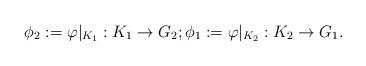
LaTeX: \begin{align*}\phi_2:=\varphi|_{K_1}: K_1\to G_2;\phi_1:=\varphi|_{K_2}: K_2\to G_1.\end{align*}